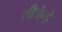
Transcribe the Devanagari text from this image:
लीजेन्ड्रे